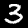
Label: 3